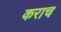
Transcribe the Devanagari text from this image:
कराच